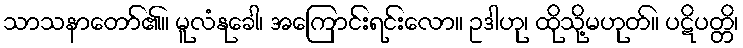
သာသနာတော်၏။ မူလံနုခေါ၊ အကြောင်းရင်းလော။ ဥဒါဟု၊ ထိုသို့မဟုတ်။ ပဋိပတ္တိ၊